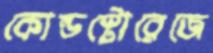
কোল্ডস্টোরেজে